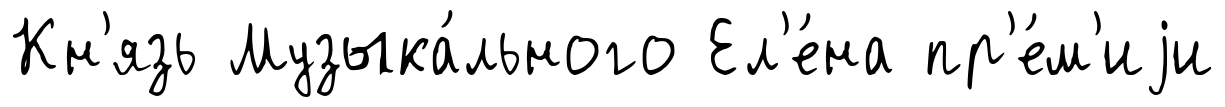
Кн'язь Музыка́льного Ел'е́на пр'е́м'иjи